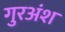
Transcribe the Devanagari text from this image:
गुरअंश